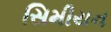
સિમીયન